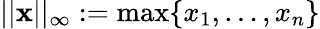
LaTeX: ||{\textbf{x}}||_{\infty}:=\operatorname*{max}\{ x_{1},\dots,x_{n}\}